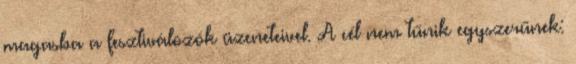
magasba a fesztiválozók üzeneteivel. A cél nem tűnik egyszerűnek: